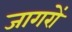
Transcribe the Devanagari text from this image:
जागरों